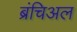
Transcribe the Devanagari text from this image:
ब्रंचिअल